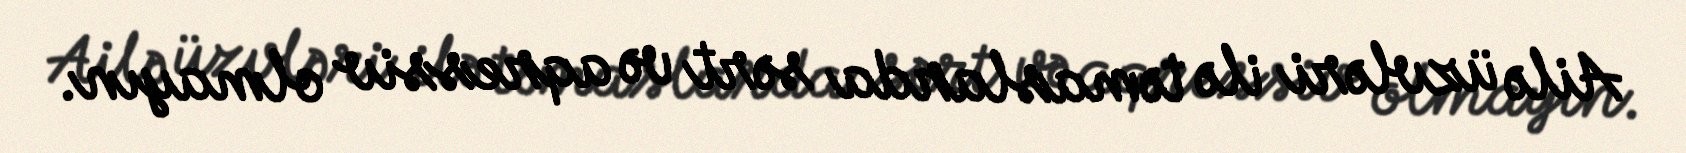
Ailə üzvləri ilə təmaslarda sərt və aqressiv olmayın.